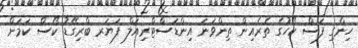
ހިންގި ފަސް ކޯހުގެ ތެރެއިން ތިންވަނަ އިންޑަސްޓްރިއަލް ފަޔަރ ބްރިގޭޑު ކޯސް ކަމަށް